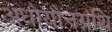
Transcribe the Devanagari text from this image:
अधोयौनग्रंथि